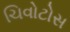
ચિવોટોસ